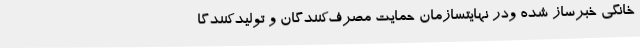
خانگی خبرساز شده ودر نهایتسازمان حمایت مصرف‌کنندگان و تولیدکنندگا